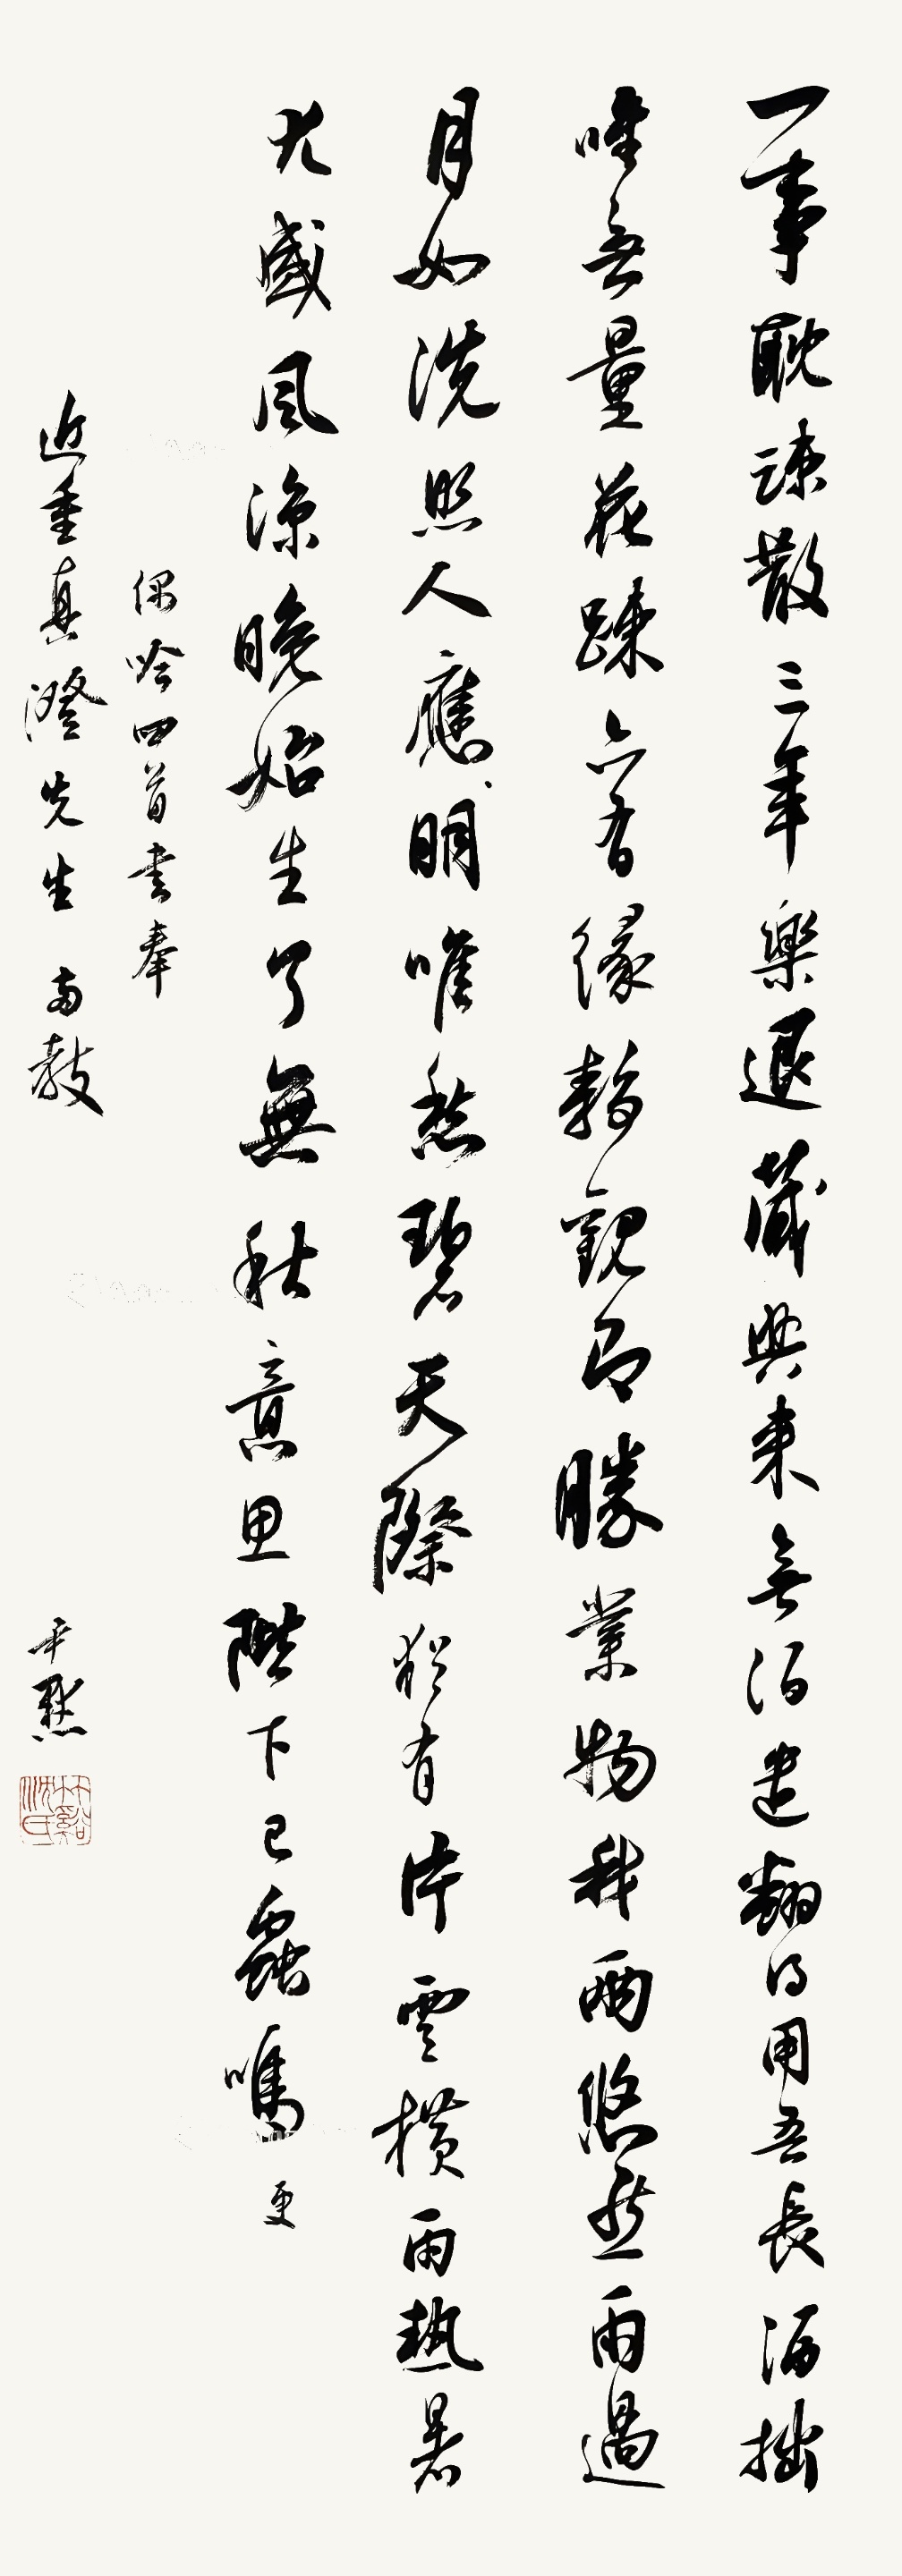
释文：一事耽誎散，三年乐退藏。兴来无陌遣，翻得用吾长。酒拙唯无量，花踈亦有缘。静观即胜业，物我两悠然。雨过月如洗，照人应（更）明。唯愁碧天际，犹有片云横。雨热暑尤盛，风凉晚始生。了无秋意里，阶下已虫鸣。偶吟四首书奉近重真澄先生两教，尹默。